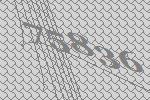
75836